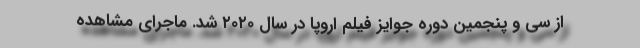
از سی و پنجمین دوره جوایز فیلم اروپا در سال ۲۰۲۰ شد. ماجرای مشاهده